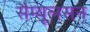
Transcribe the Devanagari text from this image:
सैम्यूलसन